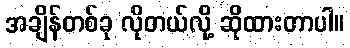
အချိန်တစ်ခု လိုတယ်လို့ ဆိုထားတာပါ။